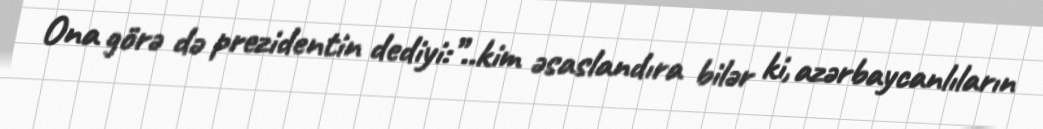
Ona görə də prezidentin dediyi:”..kim əsaslandıra bilər ki, azərbaycanlıların